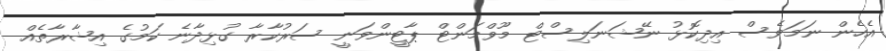
އެހެން ނަމަވެސް އިދިކޮޅު ނޭޝަނަލިސްޓް މޫވްމަންޓް ޕާޓީންވަނީ ސަރުކާރާ ގުޅިދާނެ ކަމުގެ އިޝާރާތެއް